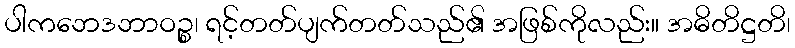
ပါကဘေဒဘာဝဉ္စ၊ ရင့်တတ်ပျက်တတ်သည်၏ အဖြစ်ကိုလည်း။ အဓိတိဋ္ဌတိ၊